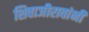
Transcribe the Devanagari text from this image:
शिवाजीरावांनी